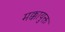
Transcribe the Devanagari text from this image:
मक्कायुक्त